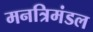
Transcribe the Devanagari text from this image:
मनत्रिमंडल